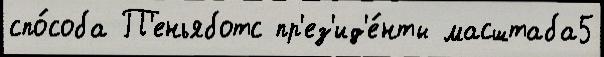
спо́соба П'еньяботс пр'ез'ид'е́нты масштаба5